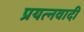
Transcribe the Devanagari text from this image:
प्रयत्नवादी